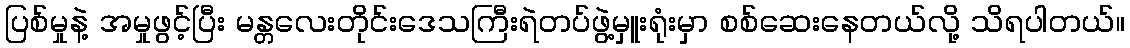
ပြစ်မှုနဲ့ အမှုဖွင့်ပြီး မန္တလေးတိုင်းဒေသကြီးရဲတပ်ဖွဲ့မှူးရုံးမှာ စစ်ဆေးနေတယ်လို့ သိရပါတယ်။